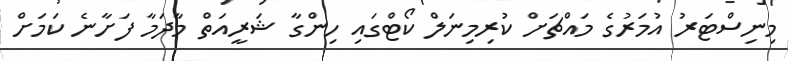
މިނިސްޓަރު އުމަރުގެ މައްޗަށް ކުރިމިނަލް ކޯޓްގައި ހިންގާ ޝަރީއަތް މާދަމާ ފަށާނެ ކަމަށް